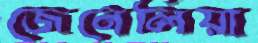
জেনেলিয়া